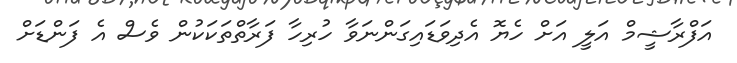
އަފްރާޝީމް އަލީ އަށް ހެޔޮ އެދިވަޑައިގަންނަވާ ހުރިހާ ފަރާތްތަކަކުން ވެސް އެ ފަންޑަށް